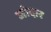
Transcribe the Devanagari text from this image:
जोदार